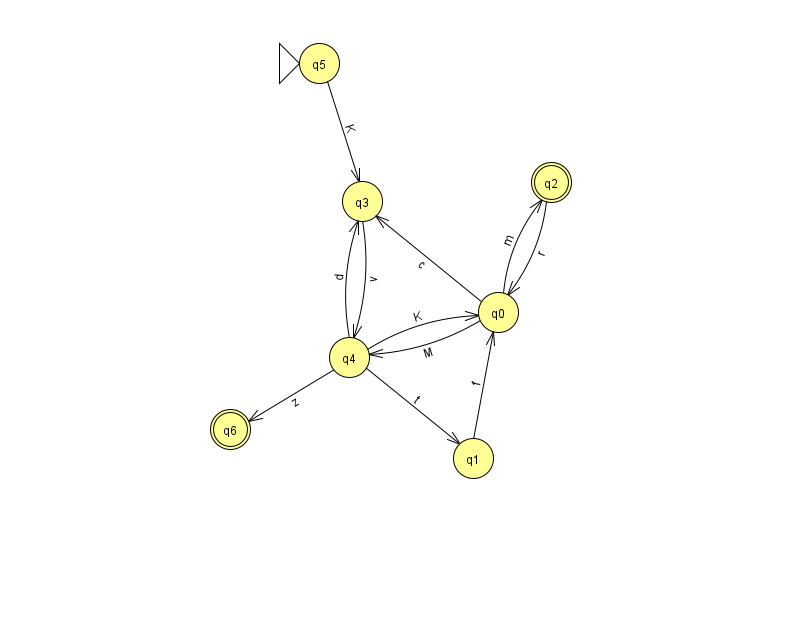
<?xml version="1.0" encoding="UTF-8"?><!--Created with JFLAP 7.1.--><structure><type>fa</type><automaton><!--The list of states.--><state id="0" name="q0"><x>498.0</x><y>299.0</y></state><state id="1" name="q1"><x>473.0</x><y>445.0</y></state><state id="2" name="q2"><x>551.0</x><y>169.0</y><final/></state><state id="3" name="q3"><x>362.0</x><y>188.0</y></state><state id="4" name="q4"><x>349.0</x><y>344.0</y></state><state id="5" name="q5"><x>319.0</x><y>50.0</y><initial/></state><state id="6" name="q6"><x>230.0</x><y>416.0</y><final/></state><!--The list of transitions.--><transition><from>0</from><to>4</to><read>M</read></transition><transition><from>4</from><to>3</to><read>d</read></transition><transition><from>1</from><to>0</to><read>f</read></transition><transition><from>3</from><to>4</to><read>v</read></transition><transition><from>2</from><to>0</to><read>r</read></transition><transition><from>4</from><to>0</to><read>K</read></transition><transition><from>5</from><to>3</to><read>K</read></transition><transition><from>0</from><to>3</to><read>c</read></transition><transition><from>0</from><to>2</to><read>m</read></transition><transition><from>4</from><to>1</to><read>t</read></transition><transition><from>4</from><to>6</to><read>z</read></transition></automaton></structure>